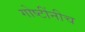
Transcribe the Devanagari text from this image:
गोष्टींनीच